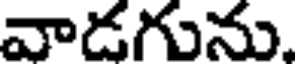
వాడగును.